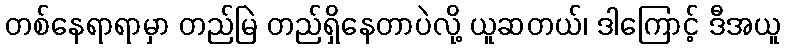
တစ်နေရာရာမှာ တည်မြဲ တည်ရှိနေတာပဲလို့ ယူဆတယ်၊ ဒါကြောင့် ဒီအယူ